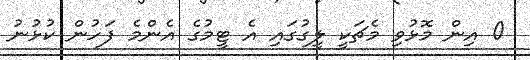
0 އިން މޮޅުވި މެޗަކީ ލީގުގައި އެ ޓީމުގެ އެންމެ ފަހުން ކުޅުނު